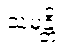
သမန္တိ